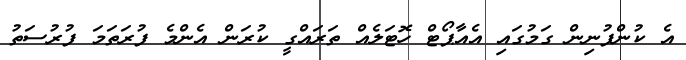
އެ ކުންފުނިން ގަމުގައި އެއާޕޯޓް ހޮޓަލެއް ތަރައްގީ ކުރަން އެންމެ ފުރަތަމަ ފުރުސަތު